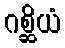
ဂစ္ဆိယံ